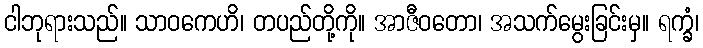
ငါဘုရားသည်။ သာဝကေဟိ၊ တပည်တို့ကို။ အာဇီဝတော၊ အသက်မွေးခြင်းမှ။ ရက္ခံ၊